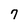
Character: 7